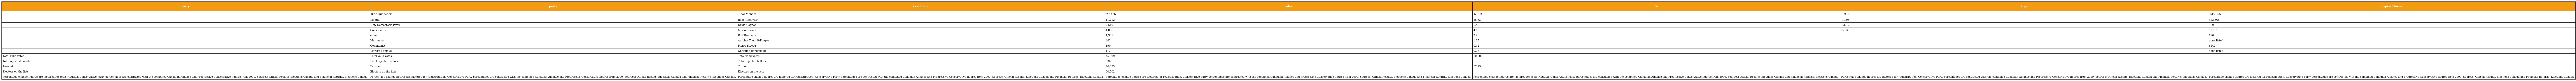
| party | party | candidate | votes | % | ± pp | expenditures |
 | --- | --- | --- | --- | --- | --- | --- |
 |  | Bloc Québécois | Réal Ménard | 27,476 | 60.12 | +9.60 | $35,055 |
 |  | Liberal | Benoit Bouvier | 11,712 | 25.63 | -10.06 | $22,566 |
 |  | New Democratic Party | David Gagnon | 2,510 | 5.49 | +3.55 | $695 |
 |  | Conservative | Mario Bernier | 1,856 | 4.06 | -3.33 | $2,131 |
 |  | Green | Rolf Bramann | 1,361 | 2.98 |  | $963 |
 |  | Marijuana | Antoine Théorêt-Poupart | 482 | 1.05 | – | none listed |
 |  | Communist | Pierre Bibeau | 190 | 0.42 |  | $647 |
 |  | Marxist-Leninist | Christine Dandenault | 112 | 0.25 |  | none listed |
 | Total valid votes | Total valid votes | Total valid votes | 45,699 | 100.00 |  |  |
 | Total rejected ballots | Total rejected ballots | Total rejected ballots | 936 |  |  |  |
 | Turnout | Turnout | Turnout | 46,635 | 57.79 |  |  |
 | Electors on the lists | Electors on the lists | Electors on the lists | 80,702 |  |  |  |
 | Percentage change figures are factored for redistribution. Conservative Party percentages are contrasted with the combined Canadian Alliance and Progressive Conservative figures from 2000. Sources: Official Results, Elections Canada and Financial Returns, Elections Canada. | Percentage change figures are factored for redistribution. Conservative Party percentages are contrasted with the combined Canadian Alliance and Progressive Conservative figures from 2000. Sources: Official Results, Elections Canada and Financial Returns, Elections Canada. | Percentage change figures are factored for redistribution. Conservative Party percentages are contrasted with the combined Canadian Alliance and Progressive Conservative figures from 2000. Sources: Official Results, Elections Canada and Financial Returns, Elections Canada. | Percentage change figures are factored for redistribution. Conservative Party percentages are contrasted with the combined Canadian Alliance and Progressive Conservative figures from 2000. Sources: Official Results, Elections Canada and Financial Returns, Elections Canada. | Percentage change figures are factored for redistribution. Conservative Party percentages are contrasted with the combined Canadian Alliance and Progressive Conservative figures from 2000. Sources: Official Results, Elections Canada and Financial Returns, Elections Canada. | Percentage change figures are factored for redistribution. Conservative Party percentages are contrasted with the combined Canadian Alliance and Progressive Conservative figures from 2000. Sources: Official Results, Elections Canada and Financial Returns, Elections Canada. | Percentage change figures are factored for redistribution. Conservative Party percentages are contrasted with the combined Canadian Alliance and Progressive Conservative figures from 2000. Sources: Official Results, Elections Canada and Financial Returns, Elections Canada. |